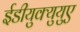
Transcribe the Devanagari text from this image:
ईडीयुक्युयुए